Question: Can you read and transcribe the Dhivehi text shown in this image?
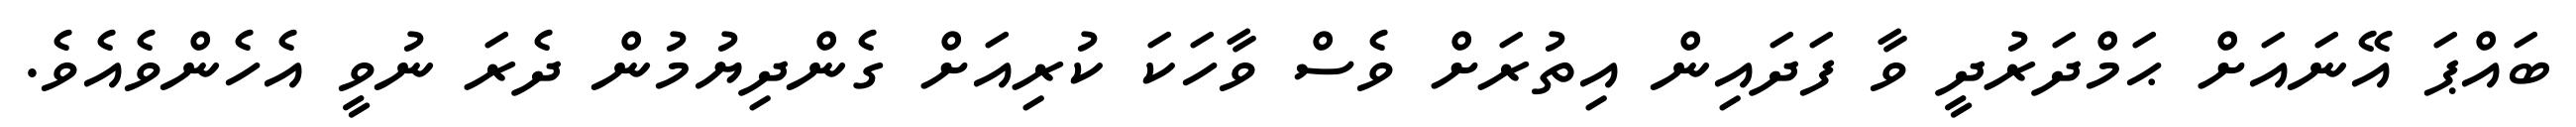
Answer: ބައްޕަ އޭނައަށް ޙަމްދަރުދީ ވާ ފަދައިން އިތުރަށް ވެސް ވާހަކަ ކުރިއަށް ގެންދިޔުމުން ދެރަ ނުވީ އެހެންވެއެވެ.